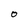
Character: O